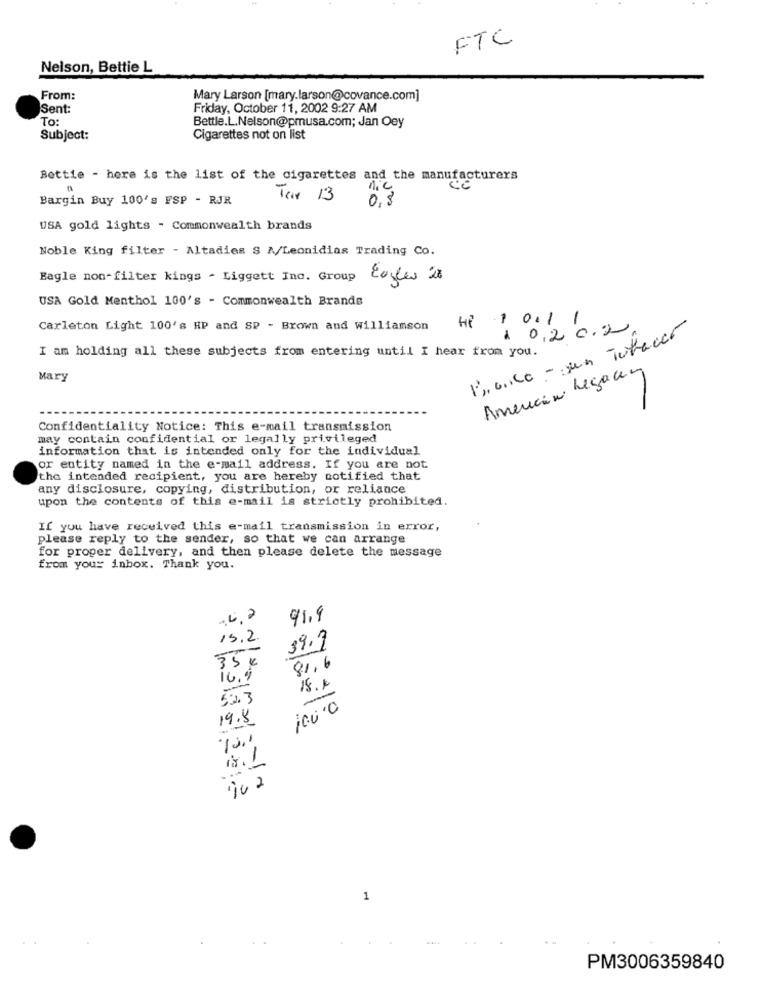
FTC
Nelson, Bettie L
From:
Mary Larson [mary.larson@covance.com]
Sent:
Friday, October 11, 2002 9:27 AM
To:
Bettle.L.Nelson@pmusa.com; Jan Oey
Subject:
Cigarettes not on list
Bettie - here is the list of the cigarettes and the manufacturers
Bargin Buy 100's FSP - RJR
Ter 13
0,8
USA gold lights - Commonwealth brands
Noble King filter - Altadies S M/Leonidias Trading Co.
Eagle non-filter kings - Liggett Ino. Group
Eagles 28
USA Gold Menthol 100's - Commonwealth Brands
Hi 1 0. 1 1
Carleton Light 100's HP and SP - Brown and williamson
1 0,2 0,2
Poco - sun Tuttacco
I am holding all these subjects from entering until I hear from you.
American Legacy
Mary
Confidentiality Notice: This e-mail transmission
may contain confidential or legally privileged
information that is intended only for the individual
or entity named in the e-mail address. If you are not
the intended recipient, you are hereby notified that
any disclosure, copying, distribution, or reliance
upon the contents of this e-mail is strictly prohibited.
If you have received this e-mail transmission in error,
please reply to the sender, so that we can arrange
for proper delivery, and then please delete the message
from your inbox. Thank you.
91.9
15.2.
39.9
35€
81,6
16.9
15.4
-
523
10.00
19.8
1
PM3006359840